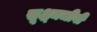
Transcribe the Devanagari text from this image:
सूक्ष्‍मजीवी